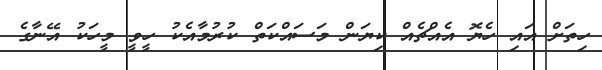
ހިތަށް އައި ހެޔޮ އެއްޗެއް ކިޔަން މަސައްކަތް ކުރުމާއެކު ހީވީ މީހަކު އޭނާގެ